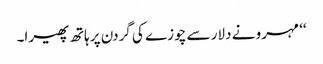
‘‘ مہرو نے دلار سے چوزے کی گردن پر ہاتھ پھیرا۔